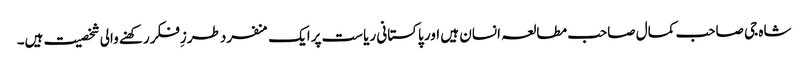
شاہ جی صاحب کمال صاحب مطالعہ انسان ہیں اور پاکستانی ریاست پرایک منفردطرزِفکررکھنے والی شخصیت ہیں۔